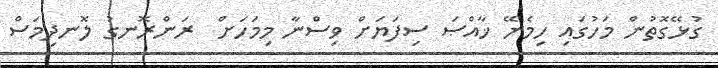
ގުޅޭގޮތުން މަހުގައި ހިމެނޭ ޚާއްޞަ ސިފަޔަށް ވިސްނާ މިމަހަށް  ރަންރޮނގު ލޮނދިމަސް